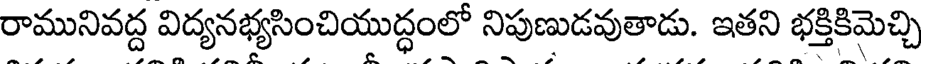
రామునివద్ద విద్యనభ్యసించియుద్ధంలో నిపుణుడవుతాడు. ఇతని భక్తికిమెచ్చి